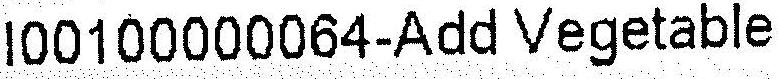
I00100000064-ADD VEGETABLE